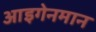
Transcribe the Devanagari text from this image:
आइगेनमान